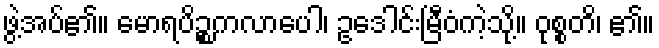
ဖွဲ့အပ်၏။ မောရပိဉ္စကလာပေါ၊ ဥဒေါင်းမြီဝံကဲ့သို့။ ဝုစ္စတိ၊ ၏။